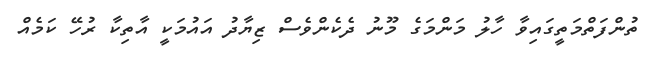
ތުންފަތްމަތީގައިވާ ހާލު މަންމަގެ މޫނު ދެކެންވެސް ޒިޔާދު އައުމަކީ އާތިކާ ރުހޭ ކަމެއް